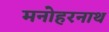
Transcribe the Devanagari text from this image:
मनोहरनाथ